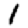
Digit: 1